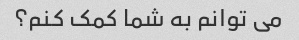
می توانم به شما کمک کنم؟